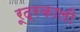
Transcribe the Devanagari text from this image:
रूद्रकाली